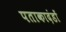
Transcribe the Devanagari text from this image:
पताकादंडों